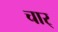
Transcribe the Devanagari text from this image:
चार्